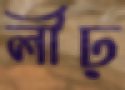
লীঢ়